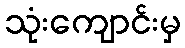
သုံးကျောင်းမှ